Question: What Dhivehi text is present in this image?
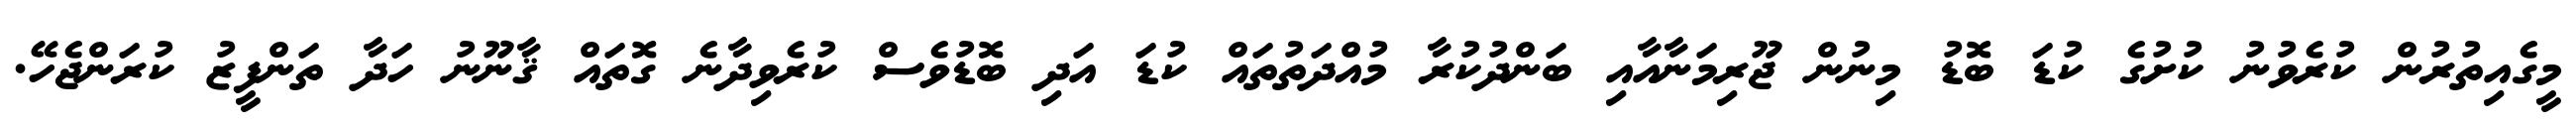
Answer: މީގެއިތުރުން ކުރެވުނު ކުށުގެ ކުޑަ ބޮޑު މިނުން ޖޫރިމަނާއާއި ބަންދުކުރާ މުއްދަތުތައް ކުޑަ އަދި ބޮޑުވެސް ކުރެވިދާނެ ގޮތައް ޤާނޫނު ހަދާ ތަންފީޒު ކުރަންޖެހޭ.